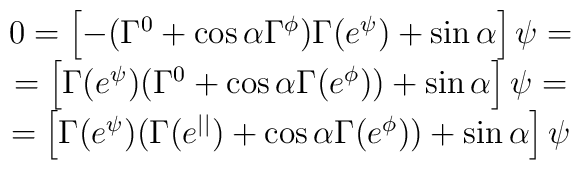
\begin{array}{c}0=\left[-(\Gamma^0+\cos\alpha\Gamma^{\phi})\Gamma(e^{\psi})+\sin\alpha\right]\psi=\\=\left[\Gamma(e^{\psi})(\Gamma^0+\cos\alpha\Gamma(e^{\phi}))+\sin\alpha\right]\psi=\\=\left[\Gamma(e^{\psi})(\Gamma(e^{||})+\cos\alpha\Gamma(e^{\phi}))+\sin\alpha\right]\psi\end{array}